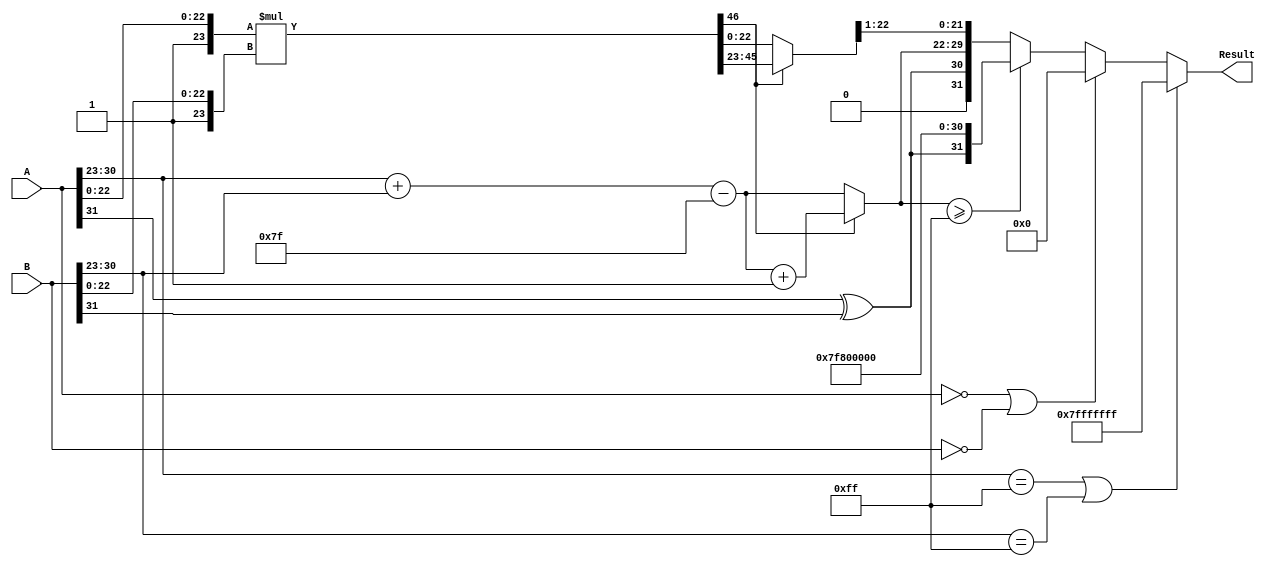
module floating_point_multiplier (
    input wire [31:0] A, // First floating-point input
    input wire [31:0] B, // Second floating-point input
    output reg [31:0] Result // Resulting floating-point output
);
    // IEEE 754 Parameters
    localparam SIGN_WIDTH = 1;
    localparam EXP_WIDTH = 8;
    localparam MANT_WIDTH = 23;
    localparam BIAS = (1 << (EXP_WIDTH - 1)) - 1; // Bias for exponent

    wire S1 = A[31]; 
    wire S2 = B[31];
    
    wire [EXP_WIDTH-1:0] E1 = A[30:23];
    wire [EXP_WIDTH-1:0] E2 = B[30:23];
    
    wire [MANT_WIDTH:0] M1 = {1'b1, A[22:0]}; // Implicit leading 1
    wire [MANT_WIDTH:0] M2 = {1'b1, B[22:0]}; // Implicit leading 1

    // Sign Calculation
    wire S_result = S1 ^ S2;

    // Exponent Calculation
    wire [EXP_WIDTH:0] E_sum = E1 + E2; // 1 extra bit for overflow
    wire [EXP_WIDTH-1:0] E_result = E_sum - BIAS;

    // Mantissa Multiplication
    wire [2*MANT_WIDTH:0] M_result = M1 * M2; // 1 extra bit for possible overflow

    // Normalization
    reg [MANT_WIDTH:0] M_final;
    reg [EXP_WIDTH-1:0] E_final;
    reg overflow;

    always @(*) begin
        if (M_result[2*MANT_WIDTH] == 1'b1) begin
            // if overflow, shift right and increment exponent
            M_final = M_result[2*MANT_WIDTH-1:MANT_WIDTH];
            E_final = E_result + 1;
        end else begin
            // no overflow, take mantissa as is
            M_final = M_result[MANT_WIDTH-1:0];
            E_final = E_result;
        end
        
        // Edge case handling for zero, infinity, and NaN
        if (E1 == 8'hFF || E2 == 8'hFF) begin
            // Handle special cases: Infinity or NaN
            Result = (E1 == 8'hFF && M1 != 0) || (E2 == 8'hFF && M2 != 0) ? 32'h7FFFFFFF : 32'hFFFFFFFF; // NaN
        end else if (A == 32'h00000000 || B == 32'h00000000) begin
            Result = 32'h00000000; // Zero handling
        end else if (E_final >= 8'hFF) begin
            Result = {S_result, 8'hFF, 23'b0}; // Result is infinity
        end else begin
            // Assemble result
            Result = {S_result, E_final[EXP_WIDTH-1:0], M_final[MANT_WIDTH-1:1]};
        end
    end
endmodule